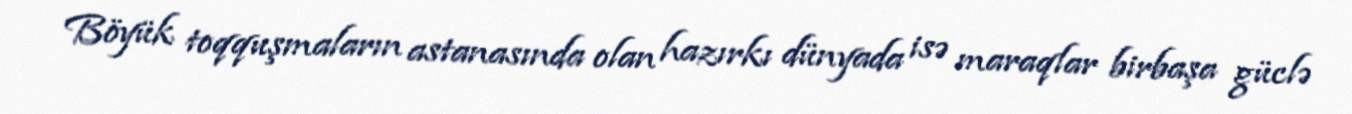
Böyük toqquşmaların astanasında olan hazırkı dünyada isə maraqlar birbaşa güclə